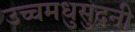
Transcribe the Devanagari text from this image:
उच्चमधुसुदनी